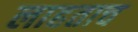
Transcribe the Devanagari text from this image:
लाहताच